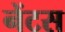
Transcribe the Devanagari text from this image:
नेंटस